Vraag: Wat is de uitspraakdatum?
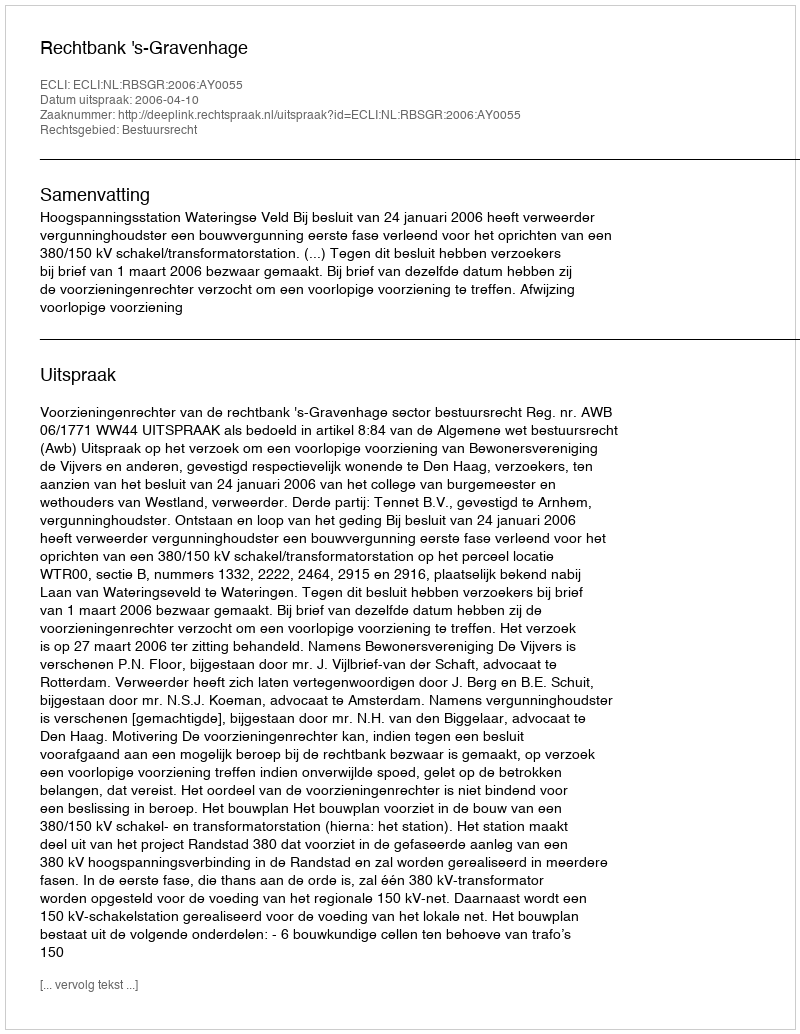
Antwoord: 2006-04-10